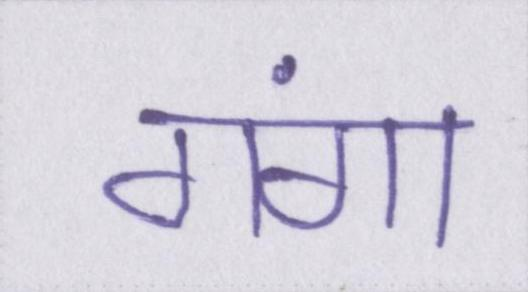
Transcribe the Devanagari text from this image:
गंगा